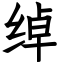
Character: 绰